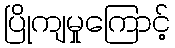
ပြိုကျမှုကြောင့်